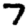
Digit: 7